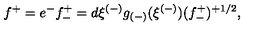
f ^ { + } = e ^ { - } f _ { - } ^ { + } = d \xi ^ { ( - ) } g _ { ( - ) } ( \xi ^ { ( - ) } ) ( f _ { - } ^ { + } ) ^ { + 1 / 2 } , \qquad